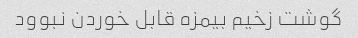
گوشت زخیم بیمزه قابل خوردن نبوود